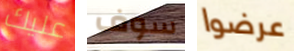
عليك سوف عرضوا